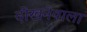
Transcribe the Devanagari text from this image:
दीखनेवाला